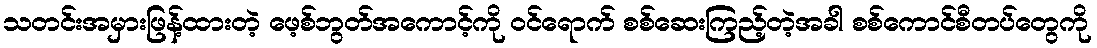
သတင်းအမှားဖြန့်ထားတဲ့ ဖေ့စ်ဘွတ်အကောင့်ကို ဝင်ရောက် စစ်ဆေးကြည့်တဲ့အခါ စစ်ကောင်စီတပ်တွေကို